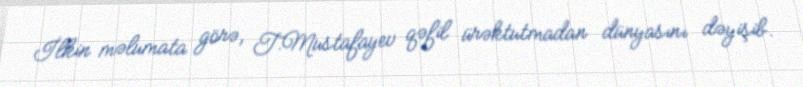
İlkin məlumata görə, T.Mustafayev qəfil ürəktutmadan dünyasını dəyişib.